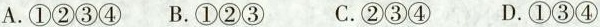
A.①②③④ B.①②③ C.②③④ D.①③④